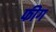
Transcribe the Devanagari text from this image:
फीग